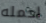
احمله